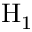
\mathrm { H } _ { 1 }